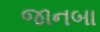
જાનબા